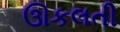
ઊકલતી